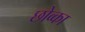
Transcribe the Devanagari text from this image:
छोव्का